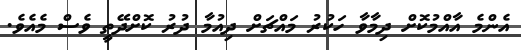
އެންމެ އާއްމުކޮށް ދިމާވާ ހަކުރު މައްޗަށް ދިއުމާ ދުރު ކޮށްދޭތީ ވެސް މެއެވެ.